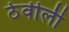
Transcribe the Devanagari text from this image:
ठेवीली